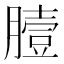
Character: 𦠉